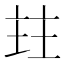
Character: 𰀩